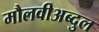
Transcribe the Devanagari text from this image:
मौलवीअब्दुल